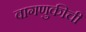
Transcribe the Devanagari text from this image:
वागणुकीची